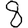
Digit: 8